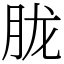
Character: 胧